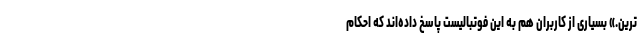
ترین.» بسیاری از کاربران هم به این فوتبالیست پاسخ داده‌اند که احکام